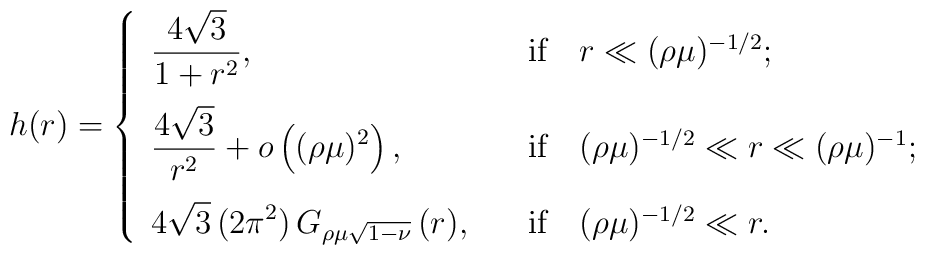
h(r)=\left\{    \begin{array}{ll}\displaystyle      \frac{4\sqrt{3}}{1+r^2},& \quad  \mbox{if} \quad r \ll (\rho \mu)^{-1/2};  \\[0.4cm]\displaystyle      \frac{4\sqrt{3}}{r^2} + o\left((\rho \mu)^2 \right),& \quad \mbox{if} \quad (\rho \mu)^{-1/2} \ll r \ll (\rho \mu)^{-1}; \\[0.4cm]\displaystyle      4 \sqrt{3}\, (2 \pi^2) \,G_{\rho \mu \sqrt{1-\nu}}\,(r),& \quad \mbox{if} \quad (\rho \mu)^{-1/2} \ll r.      \end{array} \right.